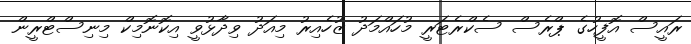
ރައީސް އޮފީހުގެ ޕްރެސް ސެކްރެޓަރީ މުހައްމަދު ޒުހެއިރު މިއަދު ވިދާޅުވީ އިކޮނޮމިކް މިނިސްޓްރީން